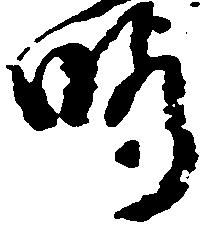
暇